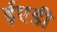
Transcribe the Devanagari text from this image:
ईएडी